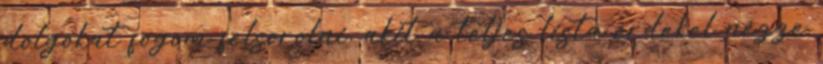
dolgokat fogom felsorolni, akit a teljes lista érdekel nézze